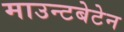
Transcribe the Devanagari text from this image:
माउन्टबेटेन